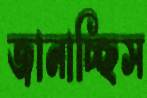
জানাচ্ছিস